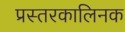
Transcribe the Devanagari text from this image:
प्रस्तरकालिनक